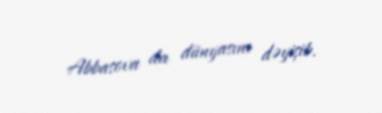
Abbasova da dünyasını dəyişib.